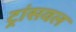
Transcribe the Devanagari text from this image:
ट्रांसवल